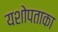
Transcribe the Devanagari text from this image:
यशोपताका